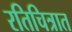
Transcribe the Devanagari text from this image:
रतिचित्रात